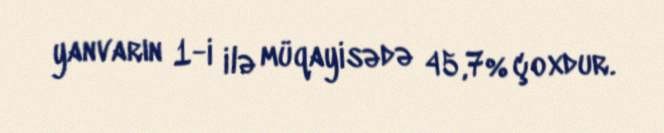
yanvarın 1-i ilə müqayisədə 45,7% çoxdur.